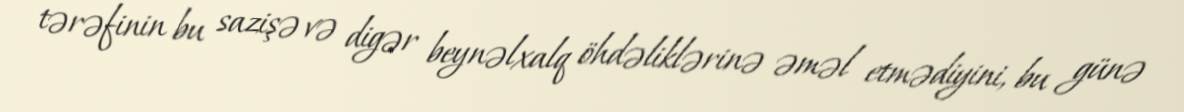
tərəfinin bu sazişə və digər beynəlxalq öhdəliklərinə əməl etmədiyini, bu günə